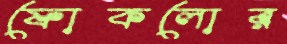
ফোকলোর